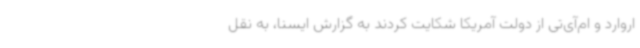
اروارد و ام‌آی‌تی از دولت آمریکا شکایت کردند به گزارش ایسنا، به نقل